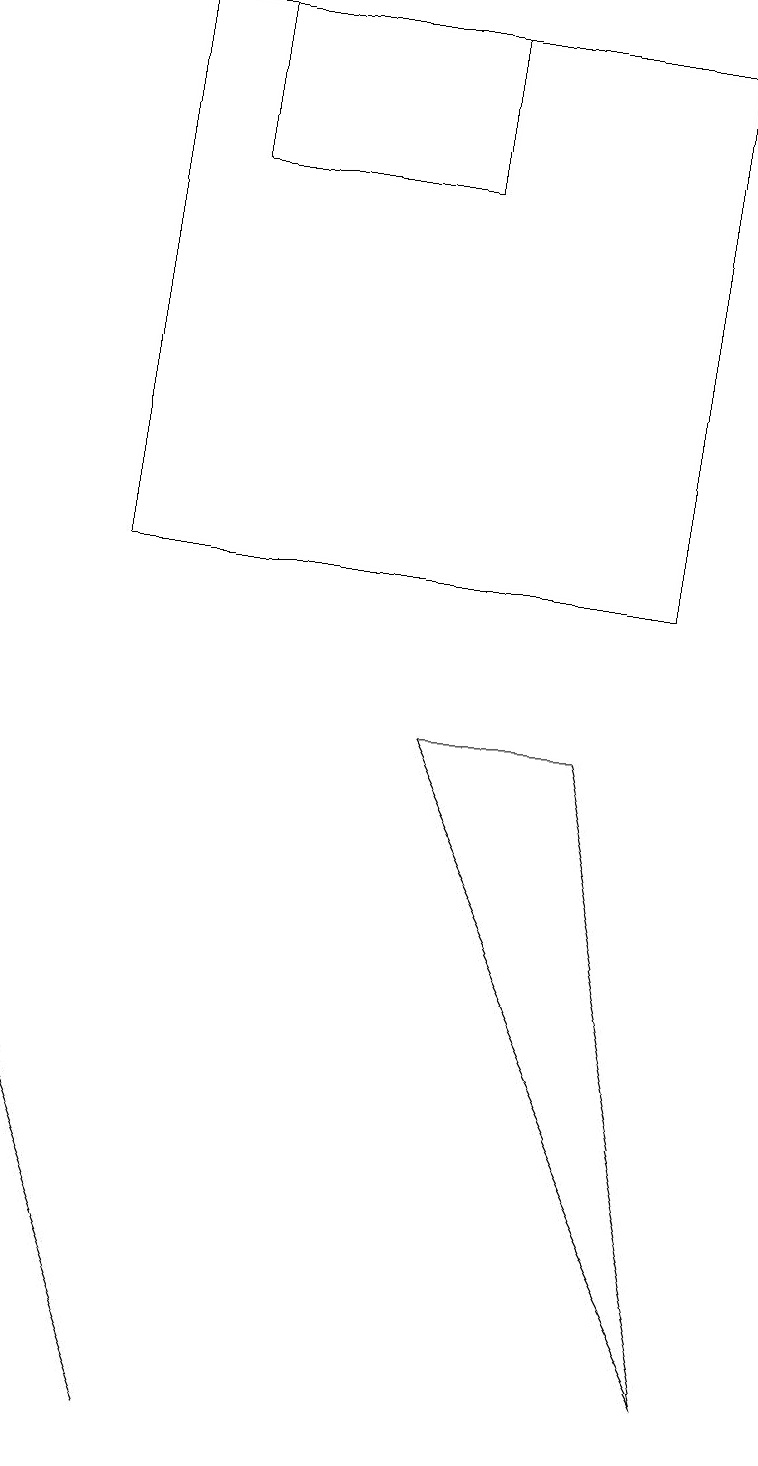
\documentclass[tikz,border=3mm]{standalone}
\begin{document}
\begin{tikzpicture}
\draw (2,0) -- (2,0) -- (0,5) -- cycle;
\draw (5,18) rectangle (2,16);
\draw (7,9) -- (9,1) -- (5,9) -- cycle;
\draw (1,18) rectangle (8,11);
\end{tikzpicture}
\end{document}